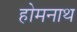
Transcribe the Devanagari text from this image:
होमनाथ